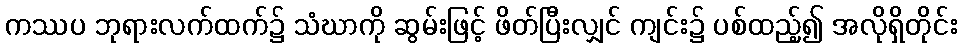
ကဿပ ဘုရားလက်ထက်၌ သံဃာကို ဆွမ်းဖြင့် ဖိတ်ပြီးလျှင် ကျင်း၌ ပစ်ထည့်၍ အလိုရှိတိုင်း